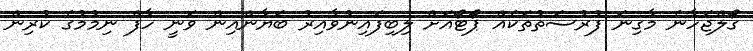
ގޯލްޖަހާނެ މާގިނަ ފުރުސަތުތަކެއް ޕޯޓޯއަށް ލިބިފައިނުވާއިރު ބަޔާންއިން ވަނީ ހާފް ނިމުމުގެ ކުރިން